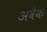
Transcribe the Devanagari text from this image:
अवैक